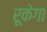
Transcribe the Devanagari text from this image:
रूकेगा